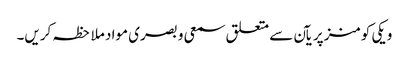
ویکی کومنز پر یآن سے متعلق سمعی و بصری مواد ملاحظہ کریں۔